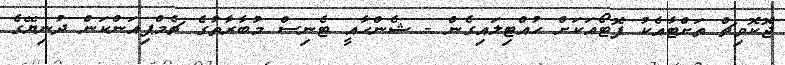
ޖޮކޮވިޗް ތަށްޓާއެކު ފޮޓޯއަކަށް ހުއްޓިލައިގެން - ޝެންހާއީ ޓެނިސް މުބާރާތުގެ ޗެމްޕިއަންކަން ދުނިޔޭގެ